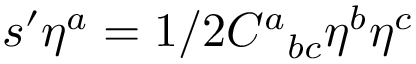
s ^ { \prime } \eta ^ { a } = 1 / 2 C ^ { a } { } _ { b c } \eta ^ { b } \eta ^ { c }